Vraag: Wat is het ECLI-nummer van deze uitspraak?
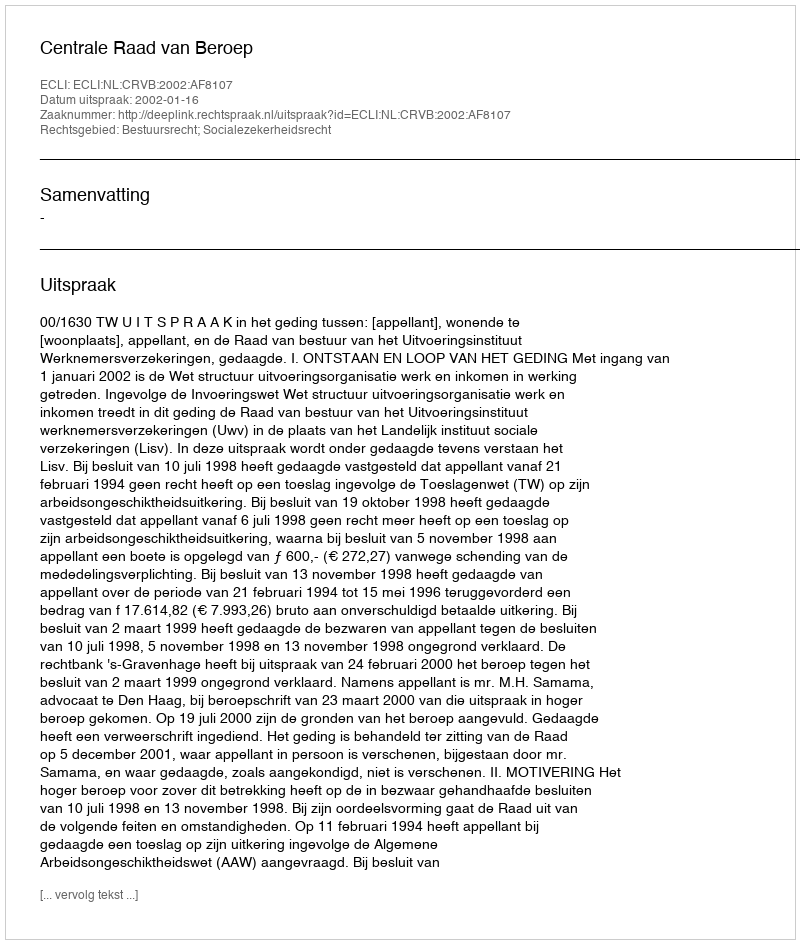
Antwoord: ECLI:NL:CRVB:2002:AF8107